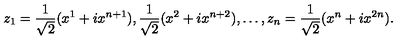
z _ { 1 } = \frac { 1 } { \sqrt { 2 } } ( x ^ { 1 } + i x ^ { n + 1 } ) , \frac { 1 } { \sqrt { 2 } } ( x ^ { 2 } + i x ^ { n + 2 } ) , \dots , z _ { n } = \frac { 1 } { \sqrt { 2 } } ( x ^ { n } + i x ^ { 2 n } ) .